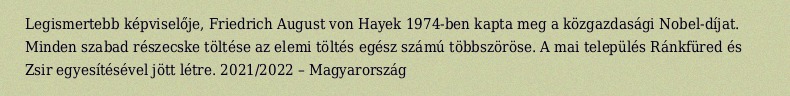
Legismertebb képviselője, Friedrich August von Hayek 1974-ben kapta meg a közgazdasági Nobel-díjat. Minden szabad részecske töltése az elemi töltés egész számú többszöröse. A mai település Ránkfüred és Zsir egyesítésével jött létre. 2021/2022 – Magyarország